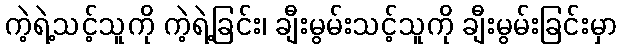
ကဲ့ရဲ့သင့်သူကို ကဲ့ရဲ့ခြင်း၊ ချီးမွမ်းသင့်သူကို ချီးမွမ်းခြင်းမှာ